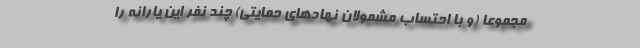
مجموعا (و با احتساب مشمولان نهادهای حمایتی) چند نفر این یارانه را